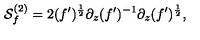
{ \cal S } _ { f } ^ { ( 2 ) } = 2 ( f ^ { \prime } ) ^ { \frac { 1 } { 2 } } \partial _ { z } ( f ^ { \prime } ) ^ { - 1 } \partial _ { z } ( f ^ { \prime } ) ^ { \frac { 1 } { 2 } } ,